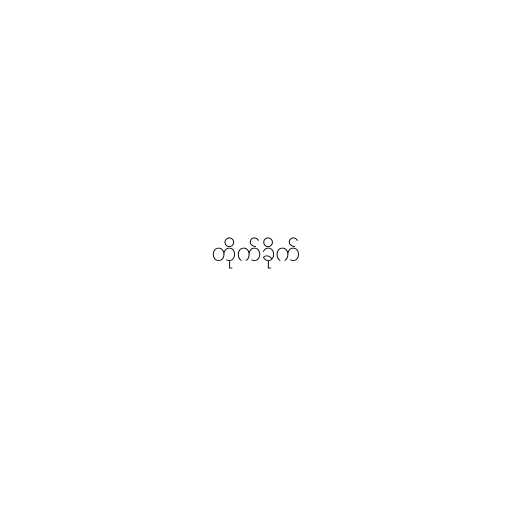
တိုက်ခိုက်